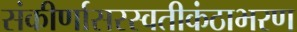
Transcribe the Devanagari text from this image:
संकीर्णासरस्वतीकंठाभरण